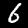
Digit: 6